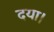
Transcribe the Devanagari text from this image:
दया।